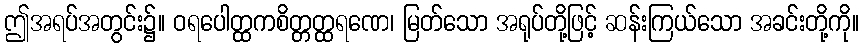
ဤအရပ်အတွင်း၌။ ဝရပေါတ္ထကစိတ္တတ္ထရဏေ၊ မြတ်သော အရုပ်တို့ဖြင့် ဆန်းကြယ်သော အခင်းတို့ကို။